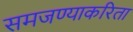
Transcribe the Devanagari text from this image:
समजण्याकरिता